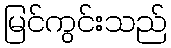
မြင်ကွင်းသည်